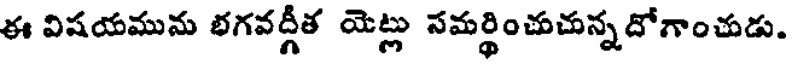
ఈ విషయమును భగవద్గీత యెట్లు సమర్థించుచున్నదోగాంచుడు.